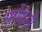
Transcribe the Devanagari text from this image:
सपोटेसी